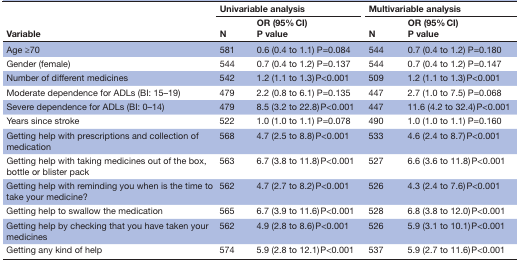
<table><thead><tr><td rowspan="2"><b>Variable</b></td><td colspan="2"><b>Univariable analysis</b></td><td colspan="2"><b>Multivariable analysis</b></td></tr><tr><td><b>N</b></td><td><b>OR (95% CI) P value</b></td><td><b>N</b></td><td><b>OR (95% CI) P value</b></td></tr></thead><tbody><tr><td>Age ≥70</td><td>581</td><td>0.6 (0.4 to 1.1) P=0.084</td><td>544</td><td>0.7 (0.4 to 1.2) P=0.180</td></tr><tr><td>Gender (female)</td><td>544</td><td>0.7 (0.4 to 1.2) P=0.137</td><td>544</td><td>0.7 (0.4 to 1.2) P=0.147</td></tr><tr><td>Number of different medicines</td><td>542</td><td>1.2 (1.1 to 1.3) P&lt;0.001</td><td>509</td><td>1.2 (1.1 to 1.3) P&lt;0.001</td></tr><tr><td>Moderate dependence for ADLs (BI: 15–19)</td><td>479</td><td>2.2 (0.8 to 6.1) P=0.135</td><td>447</td><td>2.7 (1.0 to 7.5) P=0.068</td></tr><tr><td>Severe dependence for ADLs (BI: 0–14)</td><td>479</td><td>8.5 (3.2 to 22.8) P&lt;0.001</td><td>447</td><td>11.6 (4.2 to 32.4) P&lt;0.001</td></tr><tr><td>Years since stroke</td><td>522</td><td>1.0 (1.0 to 1.1) P=0.078</td><td>490</td><td>1.0 (1.0 to 1.1) P=0.160</td></tr><tr><td>Getting help with prescriptions and collection of medication</td><td>568</td><td>4.7 (2.5 to 8.8) P&lt;0.001</td><td>533</td><td>4.6 (2.4 to 8.7) P&lt;0.001</td></tr><tr><td>Getting help with taking medicines out of the box, bottle or blister pack</td><td>563</td><td>6.7 (3.8 to 11.8) P&lt;0.001</td><td>527</td><td>6.6 (3.6 to 11.8) P&lt;0.001</td></tr><tr><td>Getting help with reminding you when is the time to take your medicine?</td><td>562</td><td>4.7 (2.7 to 8.2) P&lt;0.001</td><td>526</td><td>4.3 (2.4 to 7.6) P&lt;0.001</td></tr><tr><td>Getting help to swallow the medication</td><td>565</td><td>6.7 (3.9 to 11.6) P&lt;0.001</td><td>528</td><td>6.8 (3.8 to 12.0) P&lt;0.001</td></tr><tr><td>Getting help by checking that you have taken your medicines</td><td>562</td><td>4.9 (2.8 to 8.6) P&lt;0.001</td><td>526</td><td>5.9 (3.1 to 10.1) P&lt;0.001</td></tr><tr><td>Getting any kind of help</td><td>574</td><td>5.9 (2.8 to 12.1) P&lt;0.001</td><td>537</td><td>5.9 (2.7 to 11.6) P&lt;0.001</td></tr></tbody></table>